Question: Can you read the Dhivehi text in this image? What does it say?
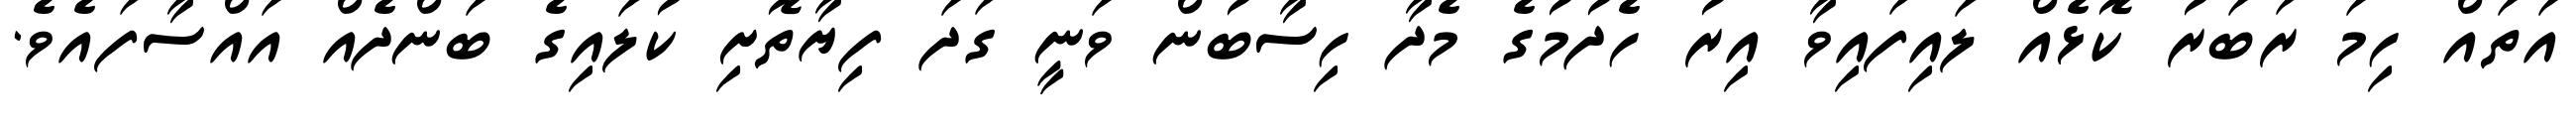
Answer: އަތައް ހިމަ ރަބަރު ކޮޅެއް ލައިފައިވާ އިރު ހެދުމުގެ މެދާ ހިސާބުން ވަނީ ގަދަ ފިޔާތޮށި ކުލައިގެ ބަންދެއް އައްސާފައެވެ.